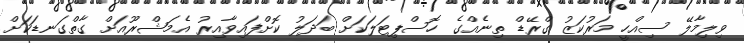
ވިލިމާލޭ ސިއްހީ މަރުކަޒު ގްރޭޑް ތިނެއްގެ ހޮސްޕިޓަލަކަށް ބަދަލު ކޮށްފައިވާއިރު އެމަޝްރޫއަށް ގާތްގަނޑަކަށް